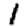
Digit: 1